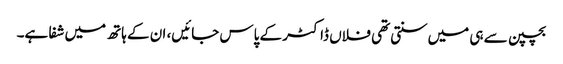
بچپن سے ہی میں‌سنتی تھی فلاں ڈاکٹر کے پاس جائیں‌، ان کے ہاتھ میں‌شفا ہے۔